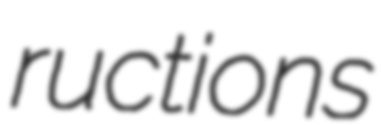
ructions